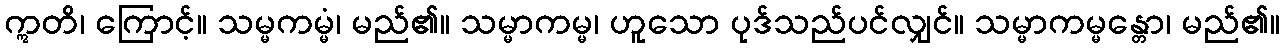
ဣတိ၊ ကြောင့်။ သမ္မကမ္မံ၊ မည်၏။ သမ္မာကမ္မ၊ ဟူသော ပုဒ်သည်ပင်လျှင်။ သမ္မာကမ္မန္တော၊ မည်၏။